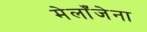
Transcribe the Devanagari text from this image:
मेलाँजेना